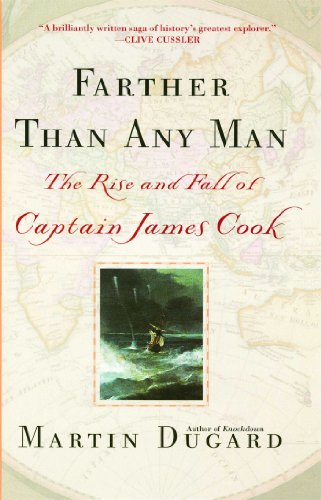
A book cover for Farther Than Any Man: The Rise and Fall of Captain James Cook; Martin Dugard; Cookbooks, Food & Wine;